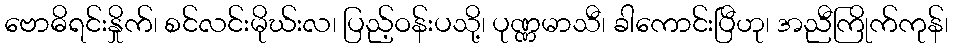
ဗောဓိရင်းနှိုက်၊ စင်လင်းမိုဃ်းလ၊ ပြည့်ဝန်းပသို့၊ ပုဏ္ဏမာသီ၊ ခါကောင်းပြီဟု၊ အညီကြိုက်ကုန်၊